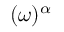
( \omega ) ^ { \alpha }